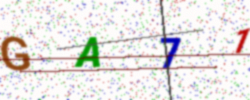
Text: GA71